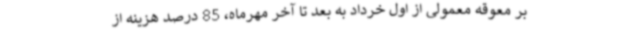
بر معوقه معمولی از اول خرداد به بعد تا آخر مهرماه، 85 درصد هزینه از